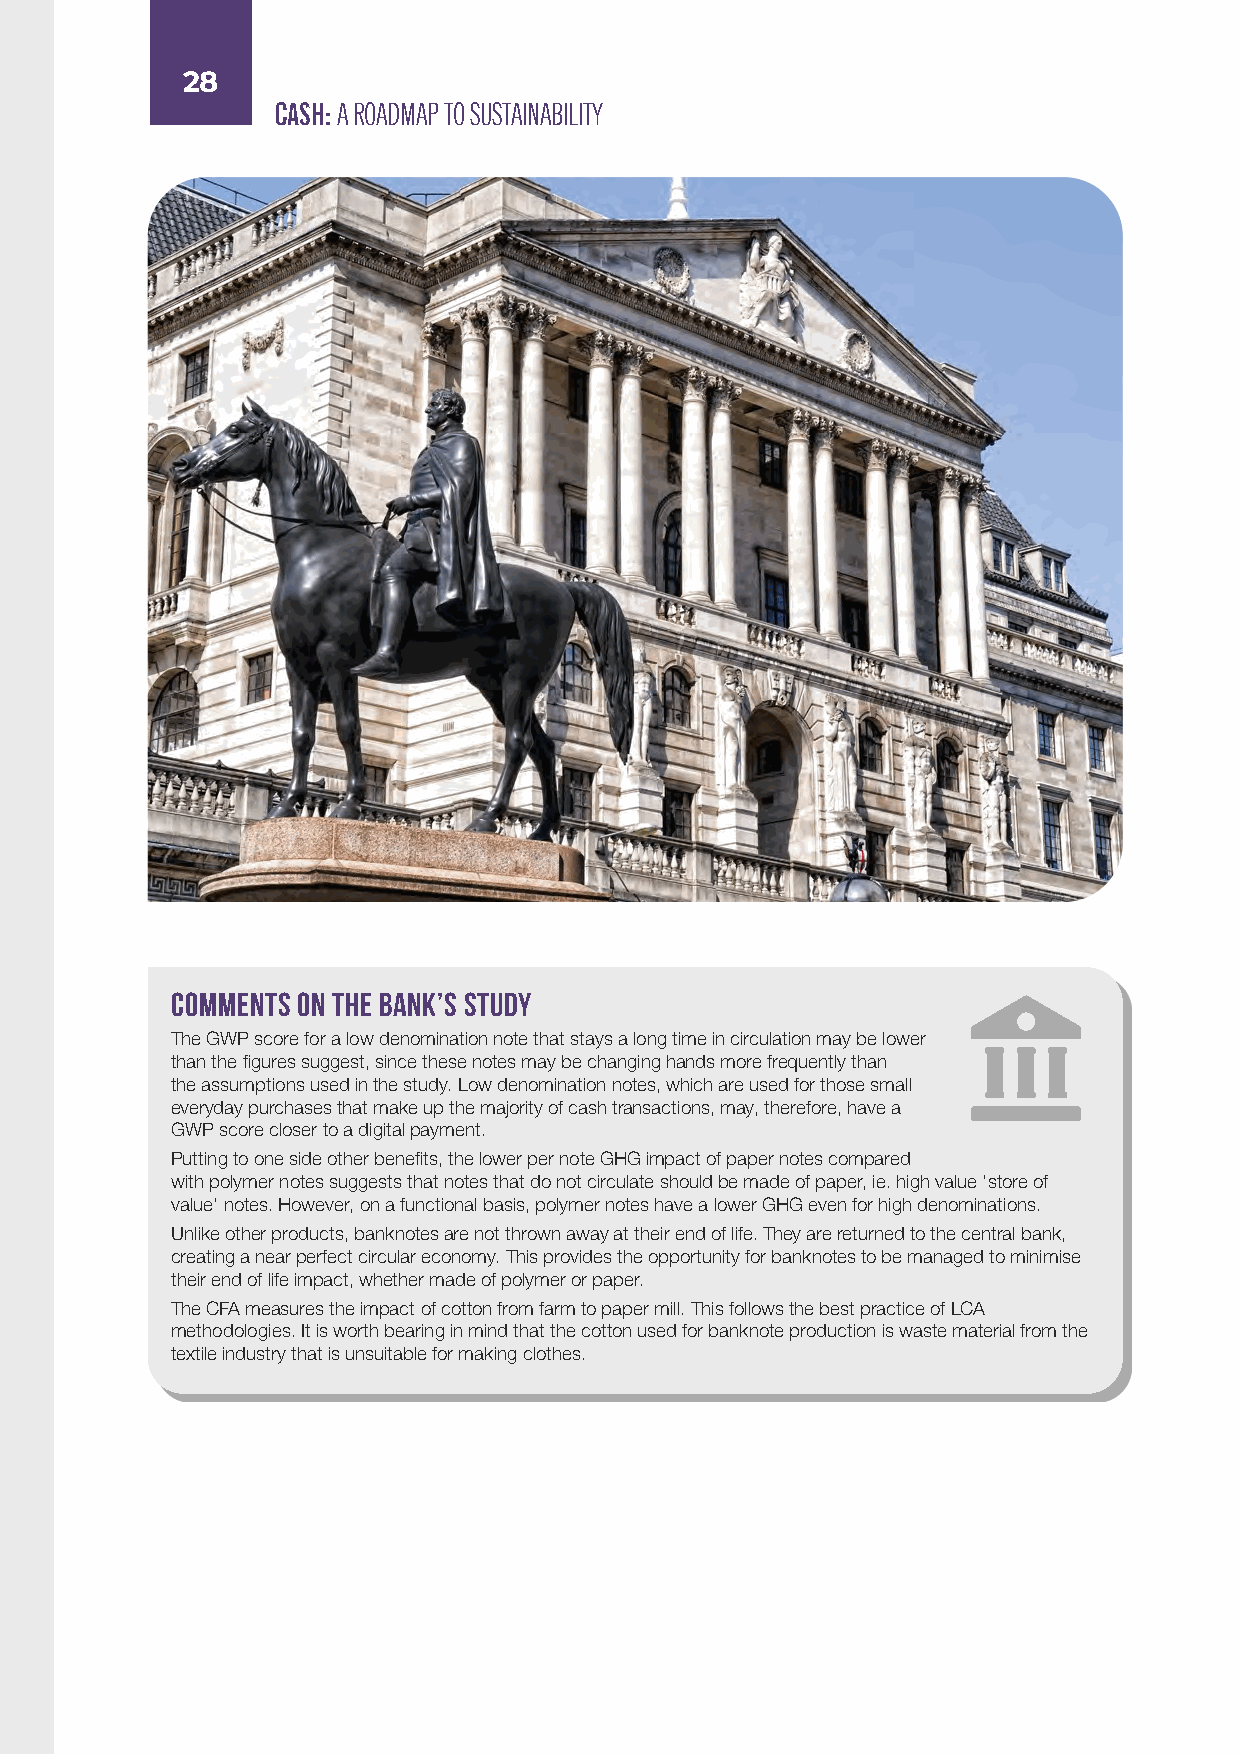
28
 CASH: A ROADMAP TO SUSTAINABILITY
 Comments on the Bank’s study
 The GWP score for a low denomination note that stays a long time in circulation may be lower
 than the figures suggest, since these notes may be changing hands more frequently than
 the assumptions used in the study. Low denomination notes, which are used for those small
 everyday purchases that make up the majority of cash transactions, may, therefore, have a
 GWP score closer to a digital payment.
 Putting to one side other benefits, the lower per note GHG impact of paper notes compared
 with polymer notes suggests that notes that do not circulate should be made of paper, ie. high value ‘store of
 value’ notes. However, on a functional basis, polymer notes have a lower GHG even for high denominations.
 Unlike other products, banknotes are not thrown away at their end of life. They are returned to the central bank,
 creating a near perfect circular economy. This provides the opportunity for banknotes to be managed to minimise
 their end of life impact, whether made of polymer or paper.
 The CFA measures the impact of cotton from farm to paper mill. This follows the best practice of LCA
 methodologies. It is worth bearing in mind that the cotton used for banknote production is waste material from the
 textile industry that is unsuitable for making clothes.